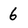
Character: 6